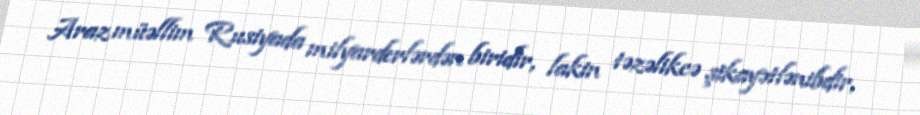
Araz müəllim Rusiyada milyarderlərdən biridir, lakin təzəlikcə şikayətlənibdir,